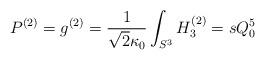
LaTeX: \begin{align*}P^{(2)} = g^{(2)} = \frac{1}{\sqrt{2}\kappa_0} \int_{S^3} H_3^{(2)} =s Q_0^5\end{align*}